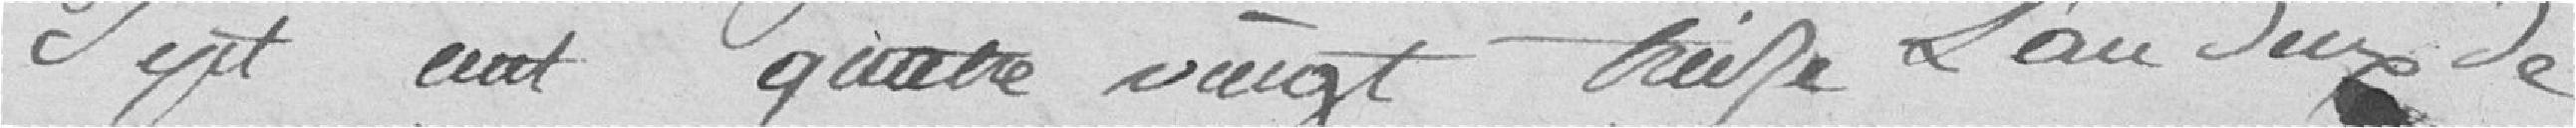
sept cent quatre vingt treize, l'an deux de